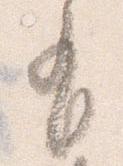
有